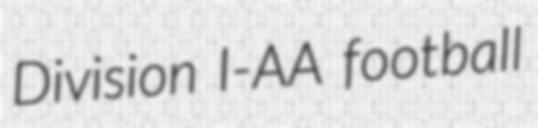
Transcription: Division I-AA football